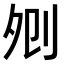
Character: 𠛠